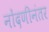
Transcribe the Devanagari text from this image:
नोंदणीनंतर